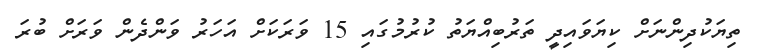
ތިޔަކުދިންނަށް ކިޔަވައިދީ ތަރުބިއްޔަތު ކުރުމުގައި 15 ވަރަކަށް އަހަރު ވަންދެން ވަރަށް ބުރަ